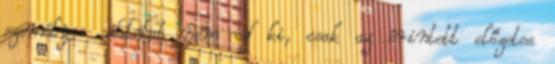
személyes adatokat nem ad ki, csak az érintett előzetes